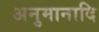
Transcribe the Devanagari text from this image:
अनुमानादि